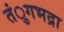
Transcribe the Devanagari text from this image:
तंुगभद्रा